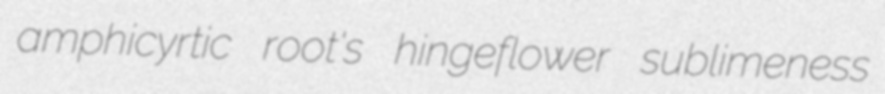
amphicyrtic root's hingeflower sublimeness